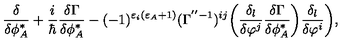
\frac { \delta } { \delta \phi _ { A } ^ { * } } + \frac { i } { \hbar } \frac { \delta \Gamma } { \delta \phi _ { A } ^ { * } } - ( - 1 ) ^ { \varepsilon _ { i } ( \varepsilon _ { A } + 1 ) } ( \Gamma ^ { ' ^ { \prime } - 1 } ) ^ { i j } \bigg ( \frac { \delta _ { l } } { \delta \varphi ^ { j } } \frac { \delta \Gamma } { \delta \phi _ { A } ^ { * } } \bigg ) \frac { \delta _ { l } } { \delta \varphi ^ { i } } \bigg ) ,